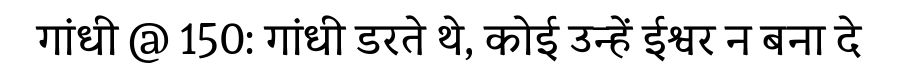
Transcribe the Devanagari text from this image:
गांधी @ 150: गांधी डरते थे, कोई उन्हें ईश्वर न बना दे